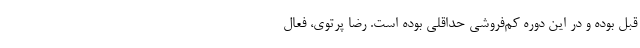
قبل بوده و در این دوره کم‌فروشی حداقلی بوده است. رضا پرتوی، فعال